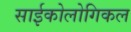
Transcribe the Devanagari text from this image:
साईकोलोगिकल